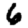
Digit: 6